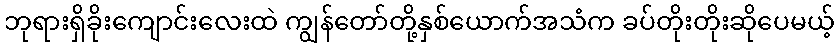
ဘုရားရှိခိုးကျောင်းလေးထဲ ကျွန်တော်တို့နှစ်ယောက်အသံက ခပ်တိုးတိုးဆိုပေမယ့်